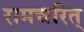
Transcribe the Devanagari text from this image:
रामचरित्